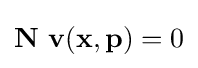
\mathbf {N} \ \mathbf {v} (\mathbf {x} ,\mathbf {p} )=0